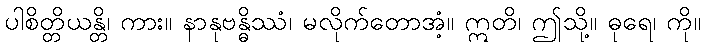
ပါစိတ္တိယန္တိ၊ ကား။ နာနုဗန္ဓိဿံ၊ မလိုက်တောအံ့။ ဣတိ၊ ဤသို့။ ဓုရေ၊ ကို။